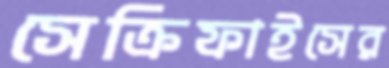
সেক্রিফাইসের